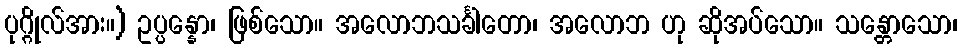
ပုဂ္ဂိုလ်အား။) ဥပ္ပန္နော၊ ဖြစ်သော။ အလောဘသင်္ခါတော၊ အလောဘ ဟု ဆိုအပ်သော။ သန္တောသော၊